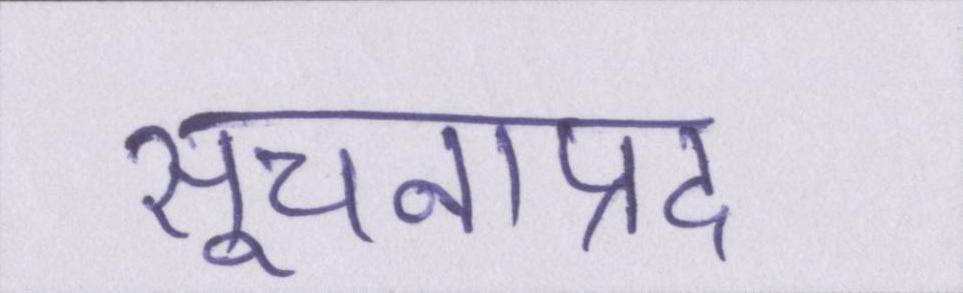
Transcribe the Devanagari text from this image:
सूचनाप्रद